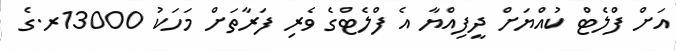
އަށް ފްލެޓް ކުއްޔަށް ދީފިއްޔާ އެ ފްލެޓްގެ ވެރި ފަރާތަށް މަހަކު 13000ރ.ގެ